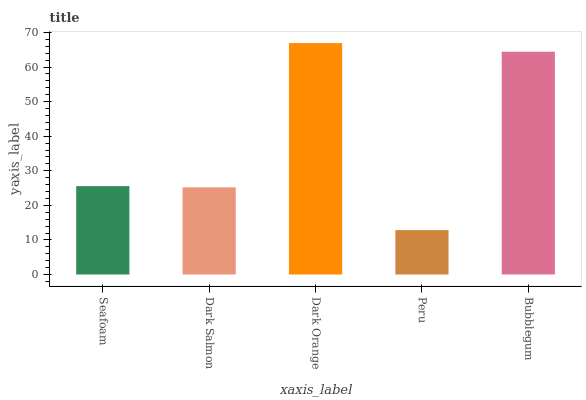
| xaxis_label | bars |
 | --- | --- |
 | Seafoam | 25.6 |
 | Dark Salmon | 25.2 |
 | Dark Orange | 66.9 |
 | Peru | 12.8 |
 | Bubblegum | 64.4 |